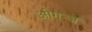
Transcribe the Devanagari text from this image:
ओगन्जें